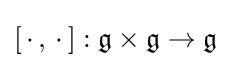
[\,\cdot \,,\,\cdot \,]:{\mathfrak {g}}\times {\mathfrak {g}}\rightarrow {\mathfrak {g}}